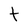
Character: t